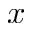
x